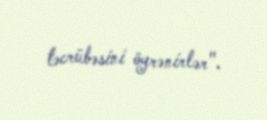
təcrübəsini öyrənirlər".